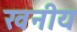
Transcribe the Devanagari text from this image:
खनीय